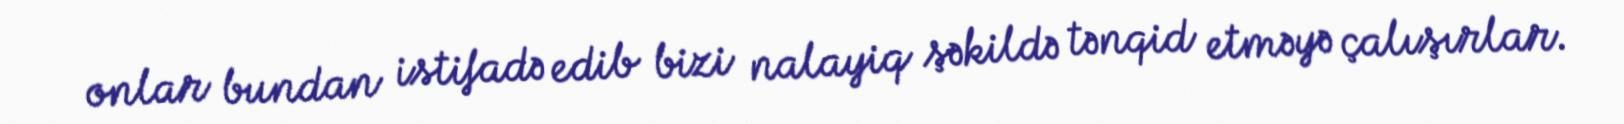
onlar bundan istifadə edib bizi nalayiq şəkildə tənqid etməyə çalışırlar.